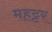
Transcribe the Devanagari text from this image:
महट्टर